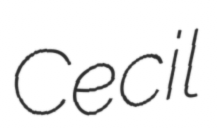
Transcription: Cecil